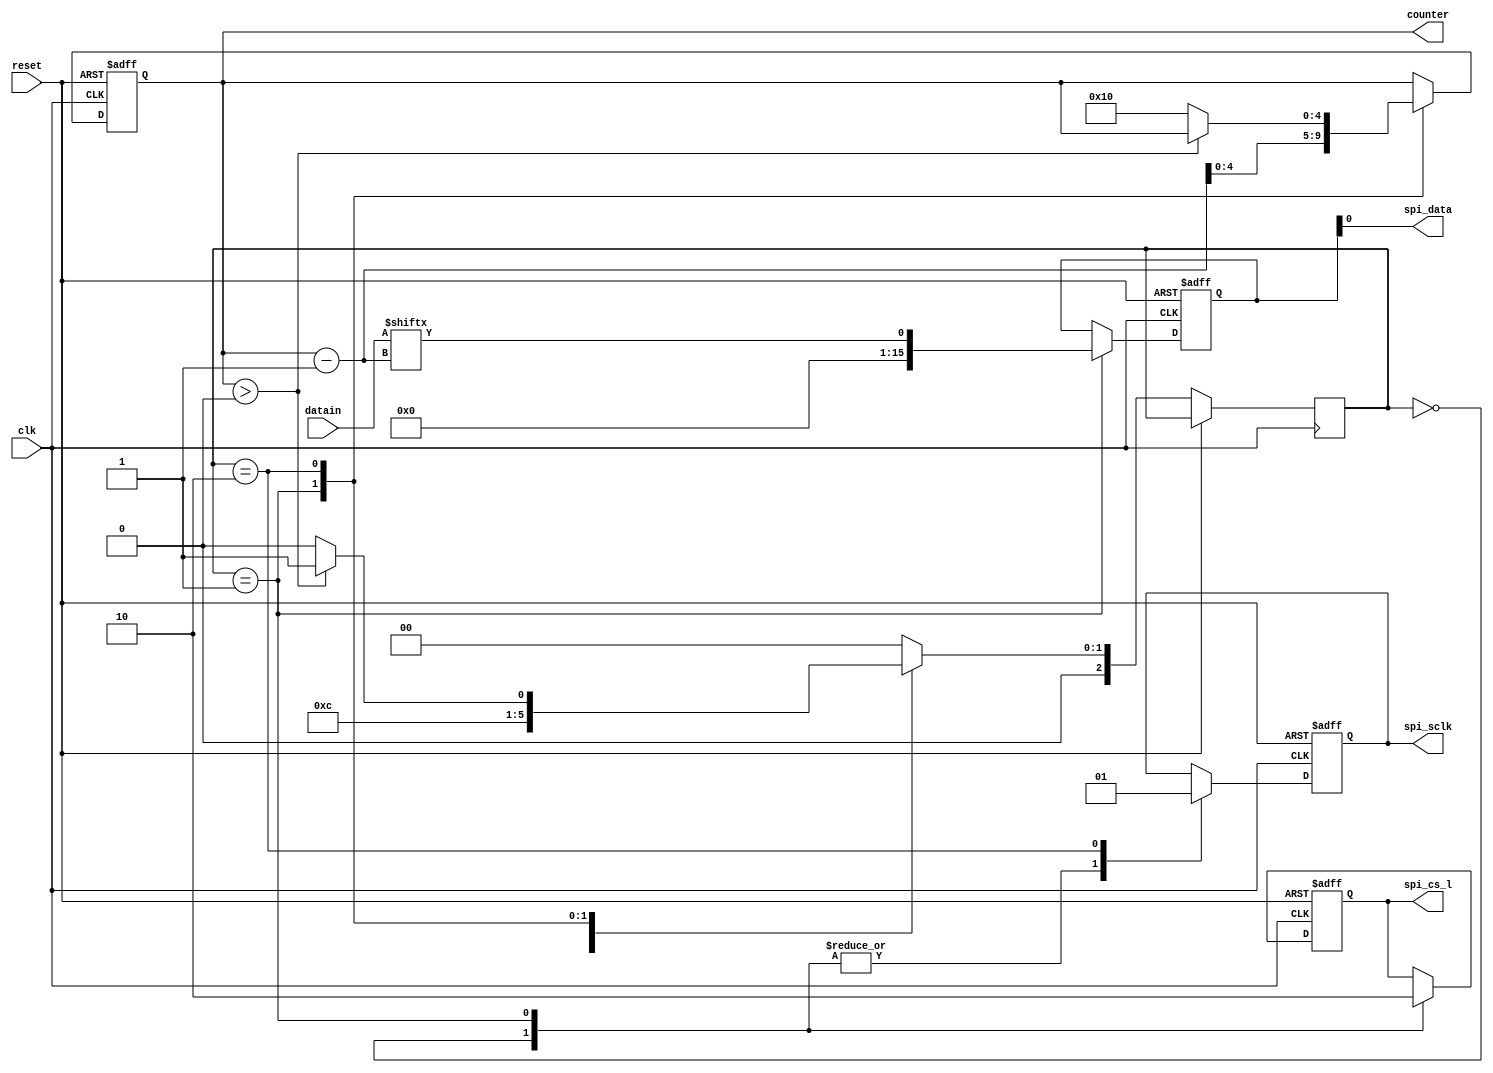
`timescale 1ns / 1ps

module spi_state(
    input    wire  clk,           // System clock
    input    wire  reset,         // Asynchronous system reset
    input    wire  [15:0] datain, // Binary input vector
    output   wire  spi_cs_l,      //SPI Active-low chip select
    output   wire  spi_sclk,      // SPI bus clock
    output   wire  spi_data,      // SPI bus data
    output [4:0]counter
    );

    reg [15:0] MOSI;     // SPI shift register
    reg [4:0] count;     // Control counter
    reg cs_l;            // SPI chip select (active-low)
    reg sclk; 
    reg [2:0]state;
    
    always@(posedge clk or posedge reset)
        if(reset) begin
            MOSI <= 16'b0;
            count<= 5'd16;
            cs_l <= 1'b1;
            sclk <= 1'b0;
        end		
    
        else begin
            case (state)
            	
                0: begin
                    sclk <= 1'b0;
                    cs_l <= 1'b1;
                    state<=1;
                end
    
                1: begin
                    sclk <= 1'b0;
                    cs_l <= 1'b0;
                    MOSI <=datain[count-1];
                    count <=count-1;
                    state <=2;
                end
    
                2: begin
                    sclk <= 1'b1;
                    if(count > 0)
                        state<=1;
                    else begin
                        count<=16;
                        state<=0;
                    end
                end
    
                default:state<=0;
    
            endcase
        end

    assign spi_cs_l = cs_l;
    assign spi_sclk = sclk;
    assign spi_data = MOSI; 
    assign counter=count;
    
endmodule